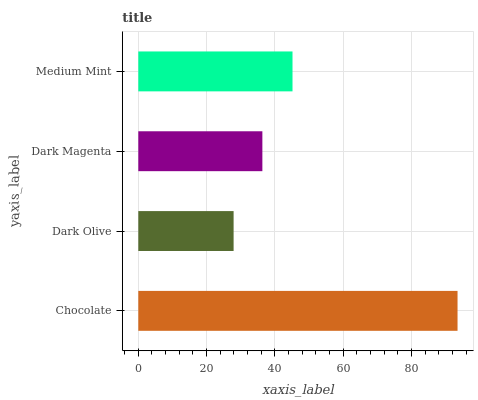
| yaxis_label | bars |
 | --- | --- |
 | Chocolate | 93.4 |
 | Dark Olive | 27.9 |
 | Dark Magenta | 36.3 |
 | Medium Mint | 45.1 |